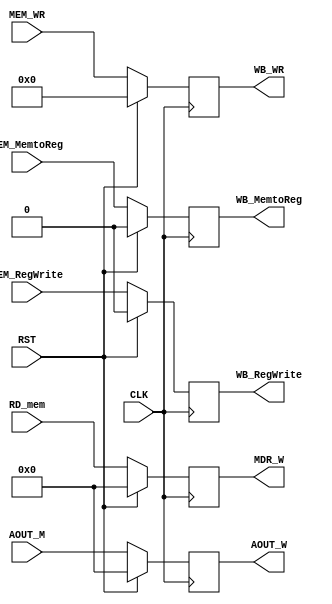
module MEM_WB (RD_mem, AOUT_M, MEM_MemtoReg, MEM_RegWrite, WB_WR, 
MDR_W, AOUT_W, WB_MemtoReg, WB_RegWrite, MEM_WR, CLK, RST);
    
    input CLK;
    input RST;
    input [31:0] RD_mem;
    input [31:0] AOUT_M;
    input MEM_MemtoReg;
    input MEM_RegWrite;
    input [4:0] MEM_WR;

    output reg [31:0] MDR_W;
    output reg [31:0] AOUT_W;
    output reg WB_MemtoReg;
    output reg WB_RegWrite;
    output reg [4:0] WB_WR;


    always @(posedge CLK) begin
        if(RST) begin
            MDR_W <= 0;
            AOUT_W <= 0;
            WB_MemtoReg <= 0;
            WB_RegWrite <= 0;
            WB_WR <= 0;
        end else begin
        MDR_W <= RD_mem;
        AOUT_W <= AOUT_M;
        WB_MemtoReg <= MEM_MemtoReg;
        WB_RegWrite <= MEM_RegWrite;
        WB_WR <= MEM_WR;
        // $display("%2t: MEM_WB", $time);
        end
    end
endmodule